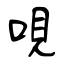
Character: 哯